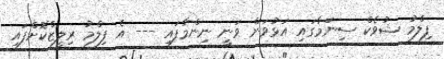
ފިލްމު ޝުވެކް ސިނަމާގައި އަޅުވަން ވަނީ ނިންމާފައި --- އެ ފިލްމު ރިލީޒްކޮށްފައި